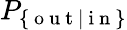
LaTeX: P_{\{ \mathrm{~o~u~t~}|\mathrm{~i~n~}\} }